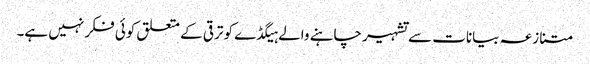
متنازعہ بیانات سے تشہیر چاہنے والے ہیگڈے کو ترقی کے متعلق کوئی فکر نہیں ہے۔